Indian journal of veterinary science and animal husbandry - Volumes 24-25, 1954-1955
Year: 1954
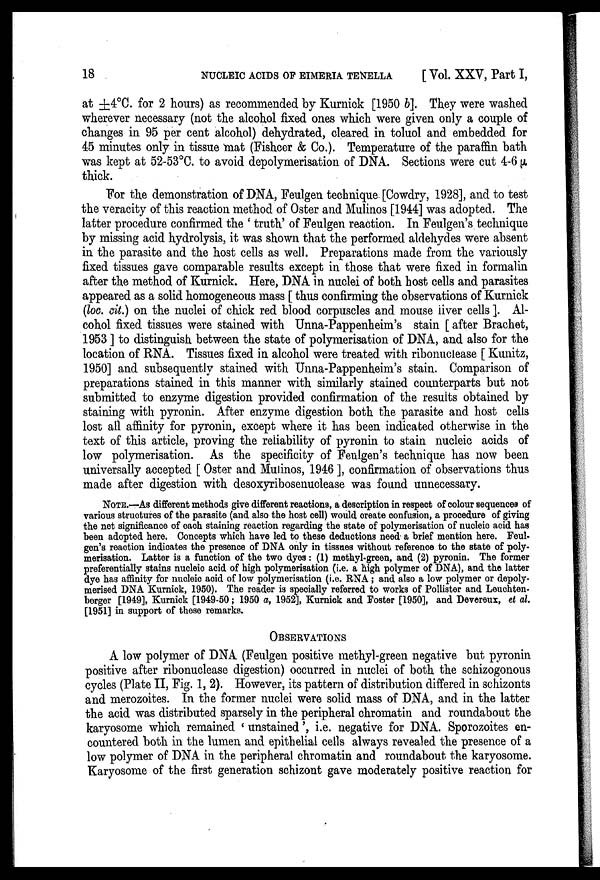
18
NUCLEIC ACIDS OF EIMERIA TENELLA
[Vol. XXV, Part I,
at ±4°C. for 2 hours) as recommended by Kurnick [1950 b]. They were washed
wherever necessary (not the alcohol fixed ones which were given only a couple of
changes in 95 per cent alcohol) dehydrated, cleared in toluol and embedded for
45 minutes only in tissue mat (Fishcer & Co.). Temperature of the paraffin bath
was kept at 52-53°C. to avoid depolymerisation of DNA. Sections were cut 4-6 µ
thick.
For the demonstration of DNA, Feulgen technique [Cowdry, 1928], and to test
the veracity of this reaction method of Oster and Mulinos [1944] was adopted. The
latter procedure confirmed the ' truth' of Feulgen reaction. In Feulgen's technique
by missing acid hydrolysis, it was shown that the performed aldehydes were absent
in the parasite and the host cells as well. Preparations made from the variously
fixed tissues gave comparable results except in those that were fixed in formalin
after the method of Kurnick. Here, DNA in nuclei of both host cells and parasites
appeared as a solid homogeneous mass [ thus confirming the observations of Kurnick
(loc. cit.) on the nuclei of chick red blood corpuscles and mouse liver cells ]. Al-
cohol fixed tissues were stained with Unna-Pappenheim's stain [ after Brachet,
1953 ] to distinguish between the state of polymerisation of DNA, and also for the
location of RNA. Tissues fixed in alcohol were treated with ribonuclease [ Kunitz,
1950] and subsequently stained with Unna-Pappenheim's stain. Comparison of
preparations stained in this manner with similarly stained counterparts but not
submitted to enzyme digestion provided confirmation of the results obtained by
staining with pyronin. After enzyme digestion both the parasite and host cells
lost all affinity for pyronin, except where it has been indicated otherwise in the
text of this article, proving the reliability of pyronin to stain nucleic acids of
low polymerisation. As the specificity of Feulgen's technique has now been
universally accepted [ Oster and Mulinos, 1946 ], confirmation of observations thus
made after digestion with desoxyribosenuclease was found unnecessary.
NOTE.—As different methods give different reactions, a description in respect of colour sequences of
various structures of the parasite (and also the host cell) would create confusion, a procedure of giving
the net significance of each staining reaction regarding the state of polymerisation of nucleic acid has
been adopted here. Concepts which have led to these deductions need a brief mention here. Feul-
gen's reaction indicates the presence of DNA only in tissues without reference to the state of poly-
merisation. Latter is a function of the two dyes: (1) methyl-green, and (2) pyronin. The former
preferentially stains nucleic acid of high polymerisation (i.e. a high polymer of DNA), and the latter
dye has affinity for nucleic acid of low polymerisation (i.e. RNA ; and also a low polymer or depoly-
merised DNA Kurnick, 1950). The reader is specially referred to works of Pollister and Leuchten-
berger [1949], Kurnick [1949-50; 1950 a, 1952], Kurnick and Foster [1950], and Devereux, et al.
[1951] in support of these remarks.
OBSERVATIONS
A low polymer of DNA (Feulgen positive methyl-green negative but pyronin
positive after ribonuclease digestion) occurred in nuclei of both the schizogonous
cycles (Plate II, Fig. 1, 2). However, its pattern of distribution differed in schizonts
and merozoites. In the former nuclei were solid mass of DNA, and in the latter
the acid was distributed sparsely in the peripheral chromatin and roundabout the
karyosome which remained ' unstained', i.e. negative for DNA. Sporozoites en-
countered both in the lumen and epithelial cells always revealed the presence of a
low polymer of DNA in the peripheral chromatin and roundabout the karyosome.
Karyosome of the first generation schizont gave moderately positive reaction for